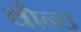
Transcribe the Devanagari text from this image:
वौन्ट